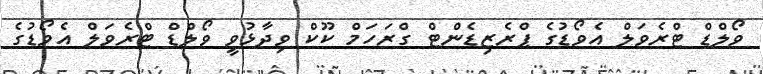
ވޯލްޑް ޓްރެވަލް އެވޯޑުގެ ޕްރެޒިޑެންޓް ގްރަހަމް ކޫކް ވިދާޅުވީ ވޯލްޑް ޓްރެވަލް އެވޯޑުގެ